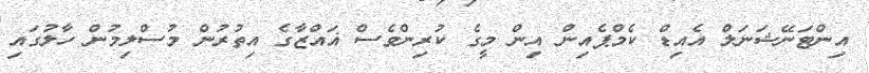
އިންޓަނޭޝަނަލް އެއިޑް ކެމްޕެއިން އިން މީގެ ކުރިންވެސް ޣައްޒާގެ އިތުރުން މުސްލިމުން ހާލުގައި